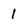
Character: 1